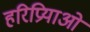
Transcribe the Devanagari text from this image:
हरिप्रियाओं